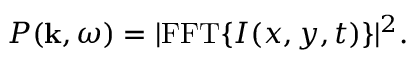
P ( \mathbf { k } , \omega ) = | \mathrm { F F T } \{ I ( x , y , t ) \} | ^ { 2 } .